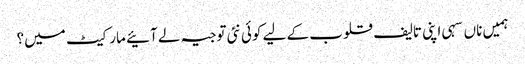
ہمیں ناں سہی اپنی تالیف قلوب کے لیے کوئی نئی توجیہ لے آئیے مارکیٹ میں؟